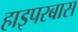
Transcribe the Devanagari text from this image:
हाइपरबास